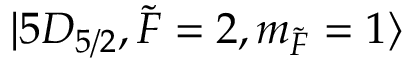
\lvert 5 D _ { 5 / 2 } , \Tilde { F } = 2 , m _ { \Tilde { F } } = 1 \rangle